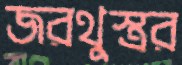
জরথুস্ত্রর